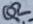
Text: Q2